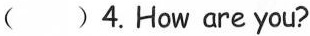
( )4. How are you?